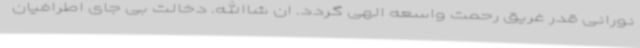
نورانی قدر غریق رحمت واسعه الهی گردد. ان شاالله. دخالت بی جای اطرافیان